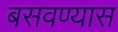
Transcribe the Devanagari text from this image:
बसवण्‍यास